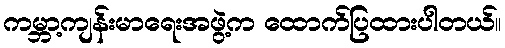
ကမ္ဘာ့ကျန်းမာရေးအဖွဲ့က ထောက်ပြထားပါတယ်။